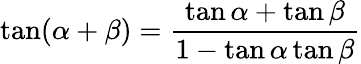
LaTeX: \tan(\alpha+\beta)={\frac{\tan\alpha+\tan\beta}{1-\tan\alpha\tan\beta}}